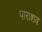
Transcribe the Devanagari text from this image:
पाराशव